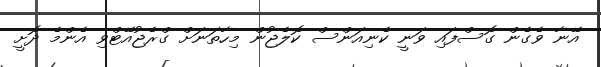
އޭނާ ވެގެން ގޮސްފައި ވަނީ ކެނިއަންސް ކޮލެޖުން މިހާތަނަށް ގްރެޖުއޭޓްވި އެންމެ ދޮށީ